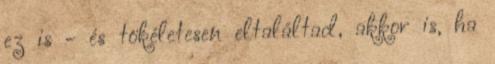
ez is - és tökéletesen eltaláltad, akkor is, ha